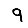
Digit: 9